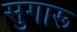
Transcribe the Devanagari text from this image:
सुगारू